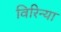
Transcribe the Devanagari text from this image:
विरिन्या